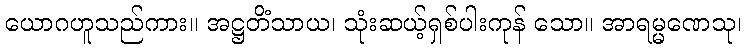
ယောဂဟူသည်ကား။ အဋ္ဌတိံသာယ၊ သုံးဆယ့်ရှစ်ပါးကုန် သော။ အာရမ္မဏေသု၊